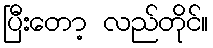
ပြီးတော့ လည်တိုင်။